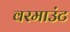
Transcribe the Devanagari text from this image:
वरमाउंट